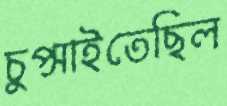
চুপ্‌সাইতেছিল